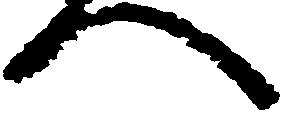
へ